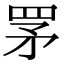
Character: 罞